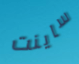
ساينت